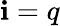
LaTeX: \mathbf{i}=q